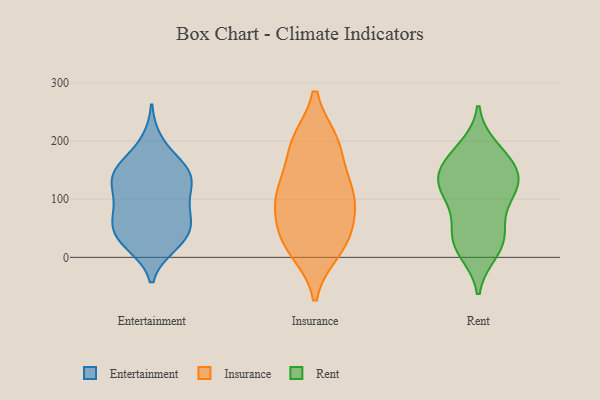
{"axis": {"x": "Budget (USD K)", "y": "Value"}, "legend": ["Entertainment", "Insurance", "Rent"], "data": [{"x": "", "y": 62, "type": "Entertainment"}, {"x": "", "y": 150, "type": "Entertainment"}, {"x": "", "y": 95, "type": "Entertainment"}, {"x": "", "y": 156, "type": "Entertainment"}, {"x": "", "y": 21, "type": "Entertainment"}, {"x": "", "y": 156, "type": "Entertainment"}, {"x": "", "y": 56, "type": "Entertainment"}, {"x": "", "y": 116, "type": "Entertainment"}, {"x": "", "y": 39, "type": "Entertainment"}, {"x": "", "y": 61, "type": "Entertainment"}, {"x": "", "y": 28, "type": "Entertainment"}, {"x": "", "y": 133, "type": "Entertainment"}, {"x": "", "y": 25, "type": "Entertainment"}, {"x": "", "y": 72, "type": "Entertainment"}, {"x": "", "y": 135, "type": "Entertainment"}, {"x": "", "y": 199, "type": "Entertainment"}, {"x": "", "y": 143, "type": "Entertainment"}, {"x": "", "y": 102, "type": "Entertainment"}, {"x": "", "y": 80, "type": "Insurance"}, {"x": "", "y": 111, "type": "Insurance"}, {"x": "", "y": 198, "type": "Insurance"}, {"x": "", "y": 41, "type": "Insurance"}, {"x": "", "y": 101, "type": "Insurance"}, {"x": "", "y": 38, "type": "Insurance"}, {"x": "", "y": 111, "type": "Insurance"}, {"x": "", "y": 196, "type": "Insurance"}, {"x": "", "y": 194, "type": "Insurance"}, {"x": "", "y": 126, "type": "Insurance"}, {"x": "", "y": 20, "type": "Insurance"}, {"x": "", "y": 13, "type": "Insurance"}, {"x": "", "y": 96, "type": "Rent"}, {"x": "", "y": 125, "type": "Rent"}, {"x": "", "y": 10, "type": "Rent"}, {"x": "", "y": 20, "type": "Rent"}, {"x": "", "y": 111, "type": "Rent"}, {"x": "", "y": 187, "type": "Rent"}, {"x": "", "y": 44, "type": "Rent"}, {"x": "", "y": 119, "type": "Rent"}, {"x": "", "y": 25, "type": "Rent"}, {"x": "", "y": 139, "type": "Rent"}, {"x": "", "y": 166, "type": "Rent"}, {"x": "", "y": 128, "type": "Rent"}, {"x": "", "y": 173, "type": "Rent"}, {"x": "", "y": 50, "type": "Rent"}, {"x": "", "y": 153, "type": "Rent"}]}